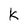
Character: K